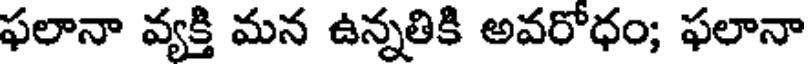
ఫలానా వ్యక్తి మన ఉన్నతికి అవరోధం; ఫలానా